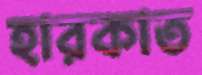
হারকাত